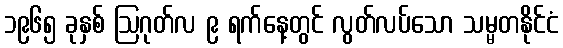
၁၉၆၅ ခုနှစ် ဩဂုတ်လ ၉ ရက်နေ့တွင် လွတ်လပ်သော သမ္မတနိုင်ငံ